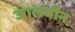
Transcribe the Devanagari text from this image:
जालबीन